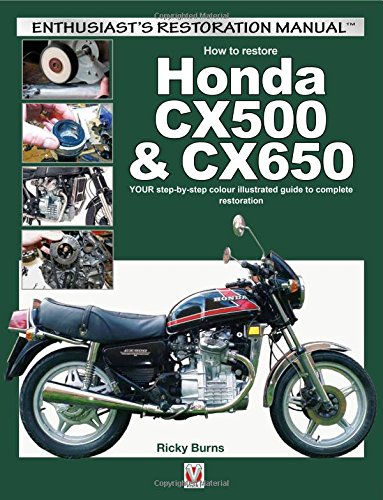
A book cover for How to restore Honda CX500 & CX650: YOUR step-by-step colour illustrated guide to complete restoration (Enthusiast's Restoration Manual); Ricky Burns; Engineering & Transportation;